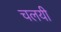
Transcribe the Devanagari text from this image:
चलयी